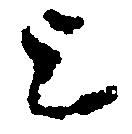
上